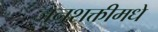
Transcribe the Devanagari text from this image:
जनशक्तीमधे